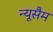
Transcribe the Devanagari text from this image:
न्यूसैम